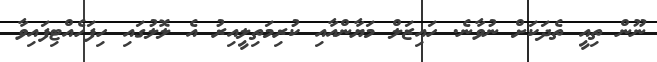
ނޫން ތިއީ ތެދަކަށް ނުވާނެ. ހައިޒަލް މަޔާންއާއި ކުރިމަތިލީއިރު އެ ލޮލުގައި ހިފަހެއްޓިފައިވާ